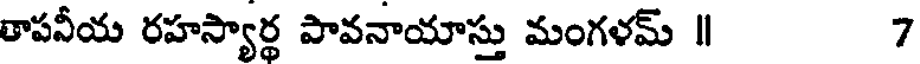
తాపవీయ రహస్యార్థ పావనాయాస్తు మంగళమ్ || 7